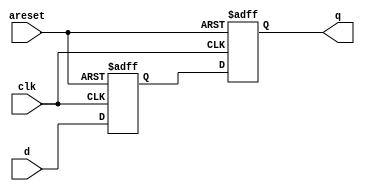
module top_module (
    input clk,
    input areset,   // active high asynchronous reset
    input [7:0] d,
    output [7:0] q
);

    reg [7:0] d_reg;
    reg [7:0] q_reg;

    always @(posedge clk or posedge areset) begin
        if (areset) begin
            d_reg <= 8'h0;
            q_reg <= 8'h0;
        end else begin
            d_reg <= d;
            q_reg <= d_reg;
        end
    end

    assign q = q_reg;

endmodule